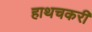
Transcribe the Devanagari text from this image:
हाथचकरी